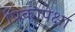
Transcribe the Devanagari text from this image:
पिकापेक्षा